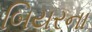
બિયરના